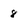
Character: 8